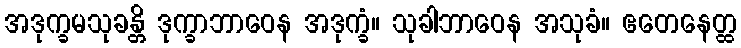
အဒုက္ခမသုခန္တိ ဒုက္ခာဘာဝေန အဒုက္ခံ။ သုခါဘာဝေန အသုခံ။ ဧတေနေတ္ထ